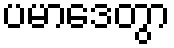
ပမာဒေတွာ